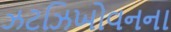
ઝટઝિખોવનના